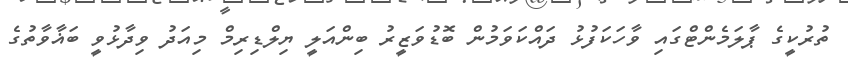
ތުރުކީގެ ޕާލަމެންޓްގައި ވާހަކަފުޅު ދައްކަވަމުން ބޮޑުވަޒީރު ބިންއަލީ ޔިލްޑިރިމް މިއަދު ވިދާޅުވީ ބަޣާވާތުގެ